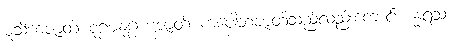
မူသိကဇာတ် စူဠဓနုဂ္ဂဟဇာတ် ကပေါတဇာတ်သည်လည်းကောင်း။ န္နရသ၊